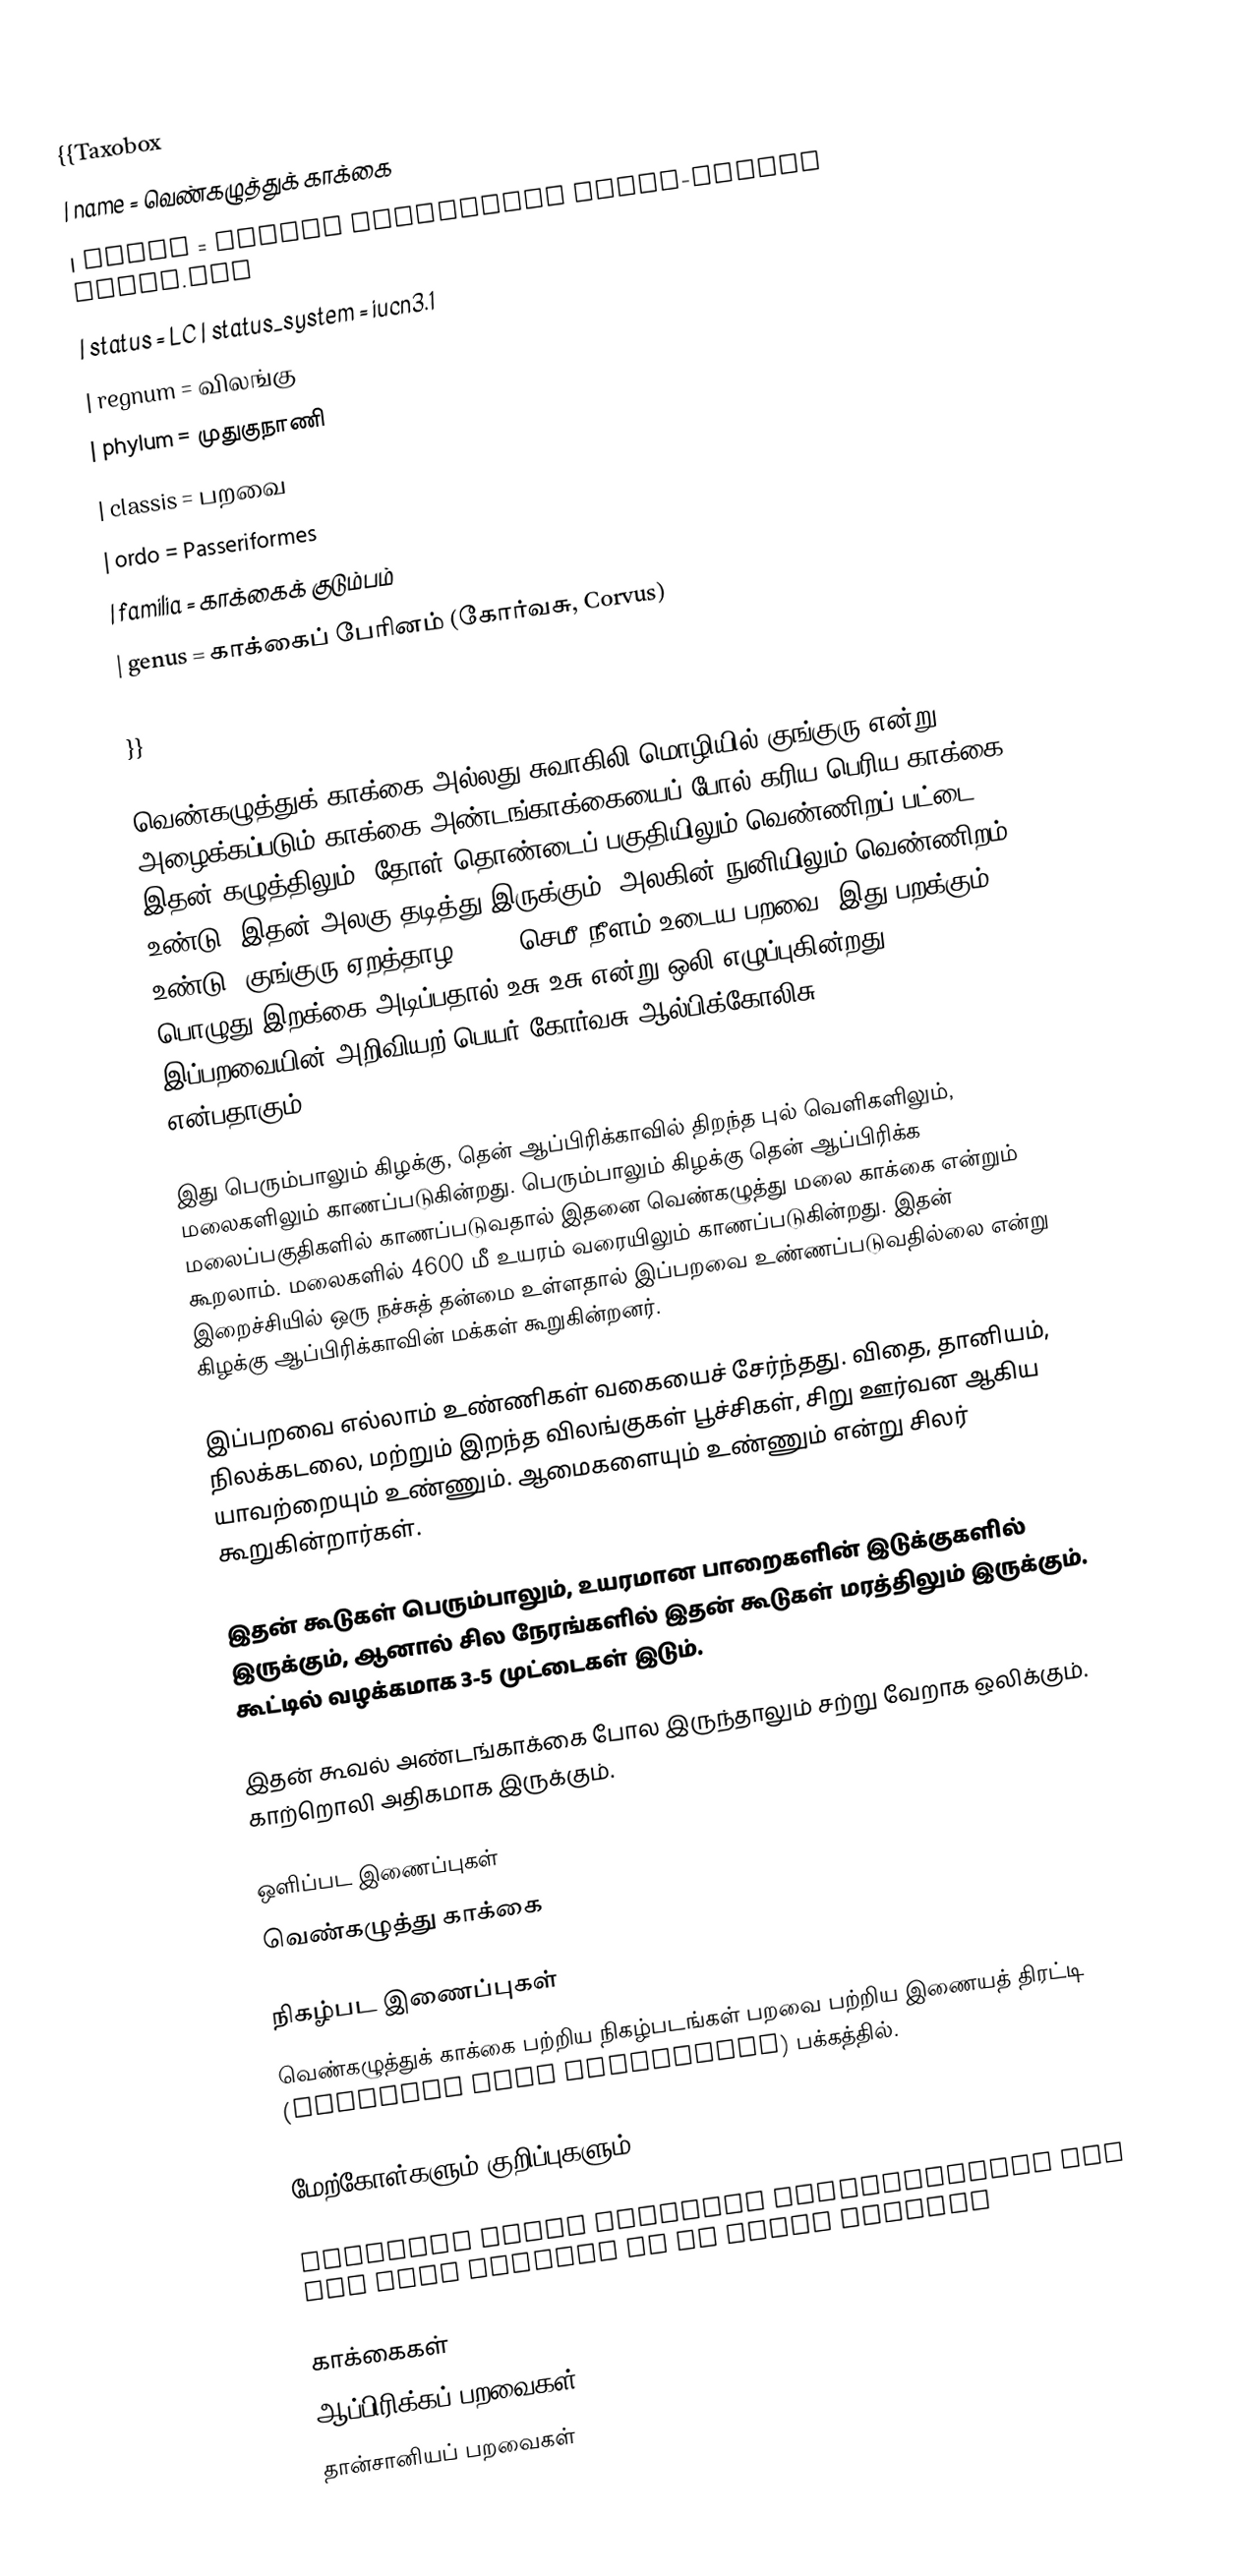
{{Taxobox
| name = வெண்கழுத்துக் காக்கை
| image = Corvus albicollis White-necked Raven.JPG
| status = LC | status_system = iucn3.1
| regnum = விலங்கு
| phylum = முதுகுநாணி
| classis = பறவை
| ordo = Passeriformes
| familia = காக்கைக் குடும்பம்
| genus = காக்கைப் பேரினம் (கோர்வசு, Corvus)
| species = C. albicollis| binomial = Corvus albicollis| binomial_authority = Latham, 1790
}}

வெண்கழுத்துக் காக்கை அல்லது சுவாகிலி மொழியில் குங்குரு என்று அழைக்கப்படும் காக்கை அண்டங்காக்கையைப் போல் கரிய பெரிய காக்கை. இதன் கழுத்திலும், தோள் தொண்டைப் பகுதியிலும் வெண்ணிறப் பட்டை உண்டு. இதன் அலகு தடித்து இருக்கும். அலகின் நுனியிலும் வெண்ணிறம் உண்டு. குங்குரு ஏறத்தாழ 50-54 செமீ நீளம் உடைய பறவை. இது பறக்கும் பொழுது இறக்கை அடிப்பதால் உசு உசு என்று ஒலி எழுப்புகின்றது. இப்பறவையின் அறிவியற் பெயர் கோர்வசு ஆல்பிக்கோலிசு Corvus albicollis என்பதாகும்.''

இது பெரும்பாலும் கிழக்கு, தென் ஆப்பிரிக்காவில் திறந்த புல் வெளிகளிலும், மலைகளிலும் காணப்படுகின்றது. பெரும்பாலும் கிழக்கு தென் ஆப்பிரிக்க மலைப்பகுதிகளில் காணப்படுவதால் இதனை வெண்கழுத்து மலை காக்கை என்றும் கூறலாம். மலைகளில் 4600 மீ உயரம் வரையிலும் காணப்படுகின்றது. இதன் இறைச்சியில் ஒரு நச்சுத் தன்மை உள்ளதால் இப்பறவை உண்ணப்படுவதில்லை என்று கிழக்கு ஆப்பிரிக்காவின் மக்கள் கூறுகின்றனர்.

இப்பறவை எல்லாம் உண்ணிகள் வகையைச் சேர்ந்தது. விதை, தானியம், நிலக்கடலை, மற்றும் இறந்த விலங்குகள் பூச்சிகள், சிறு ஊர்வன ஆகிய யாவற்றையும் உண்ணும். ஆமைகளையும் உண்ணும் என்று சிலர் கூறுகின்றார்கள்.

இதன் கூடுகள் பெரும்பாலும், உயரமான பாறைகளின் இடுக்குகளில் இருக்கும், ஆனால் சில நேரங்களில் இதன் கூடுகள் மரத்திலும் இருக்கும். கூட்டில் வழக்கமாக 3-5 முட்டைகள் இடும்.

இதன் கூவல் அண்டங்காக்கை போல இருந்தாலும் சற்று வேறாக ஒலிக்கும். காற்றொலி அதிகமாக இருக்கும்.

ஒளிப்பட இணைப்புகள்
 வெண்கழுத்து காக்கை

நிகழ்பட இணைப்புகள்
 வெண்கழுத்துக் காக்கை பற்றிய நிகழ்படங்கள் பறவை பற்றிய இணையத் திரட்டி (Internet Bird Collection) பக்கத்தில்.

மேற்கோள்களும் குறிப்புகளும்

  Database entry includes justification for why this species is of least concern

காக்கைகள்
ஆப்பிரிக்கப் பறவைகள்
தான்சானியப் பறவைகள்